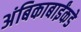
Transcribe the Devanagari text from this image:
अंबिकाबाईंकडे